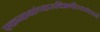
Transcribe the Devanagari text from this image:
एकनाथांच्यारुक्मिणीस्वयंवराने